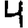
Digit: 4